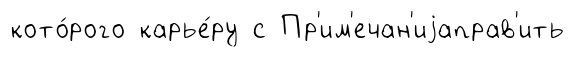
кото́рого карье́ру с Пр'им'ечан'иjаправ'ить